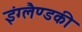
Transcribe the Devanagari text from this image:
इंग्लैण्डकी